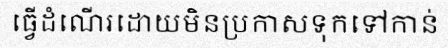
ធ្វើដំណើរដោយមិនប្រកាសទុកទៅកាន់